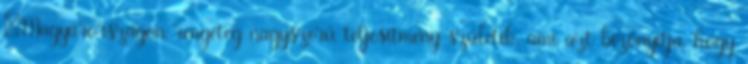
„Magyarországon rengeteg nagyszerű teljesítmény születik, ami azt bizonyítja, hogy